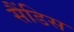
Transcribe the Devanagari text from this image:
सैंडिस